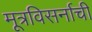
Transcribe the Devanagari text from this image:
मूत्रविसर्नाची